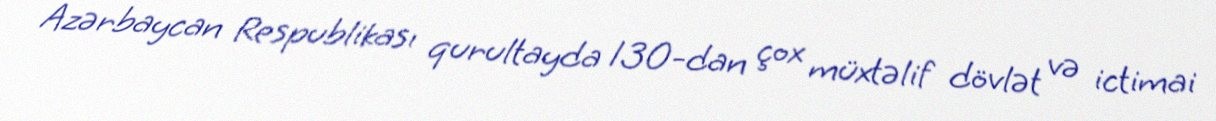
Azərbaycan Respublikası qurultayda 130-dan çox müxtəlif dövlət və ictimai